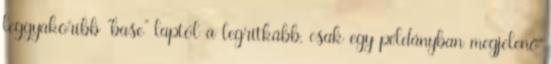
leggyakoribb "base" laptól a legritkább, csak egy példányban megjelenő